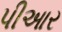
પીઆર